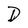
Character: D